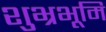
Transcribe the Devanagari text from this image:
शुभ्रभूमि